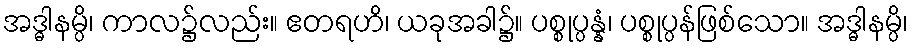
အဒ္ဓါနမ္ပိ၊ ကာလ၌လည်း။ ဧတရဟိ၊ ယခုအခါ၌။ ပစ္စုပ္ပန္နံ၊ ပစ္စုပ္ပန်ဖြစ်သော။ အဒ္ဓါနမ္ပိ၊